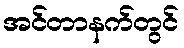
အင်တာနက်တွင်